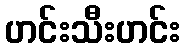
ဟင်းသီးဟင်း